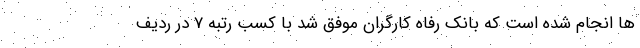
ها انجام شده است که بانک رفاه کارگران موفق شد با کسب رتبه 7 در ردیف